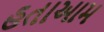
હતાઆમ